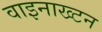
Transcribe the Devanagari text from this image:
वाइनाख्टन